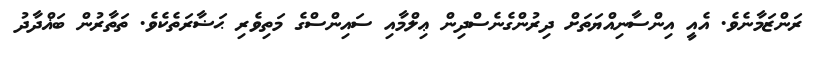
ރަންޒަމާނެވެ. އެއީ އިންސާނިއްޔަތަށް ދިރުންގެނެސްދިން ޢިލްމާއި ސައިންސްގެ މަތިވެރި ޙަޟާރަތެކެވެ. ތަތާރުން ބަޣްދާދު